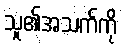
သူ၏အသက်ကို